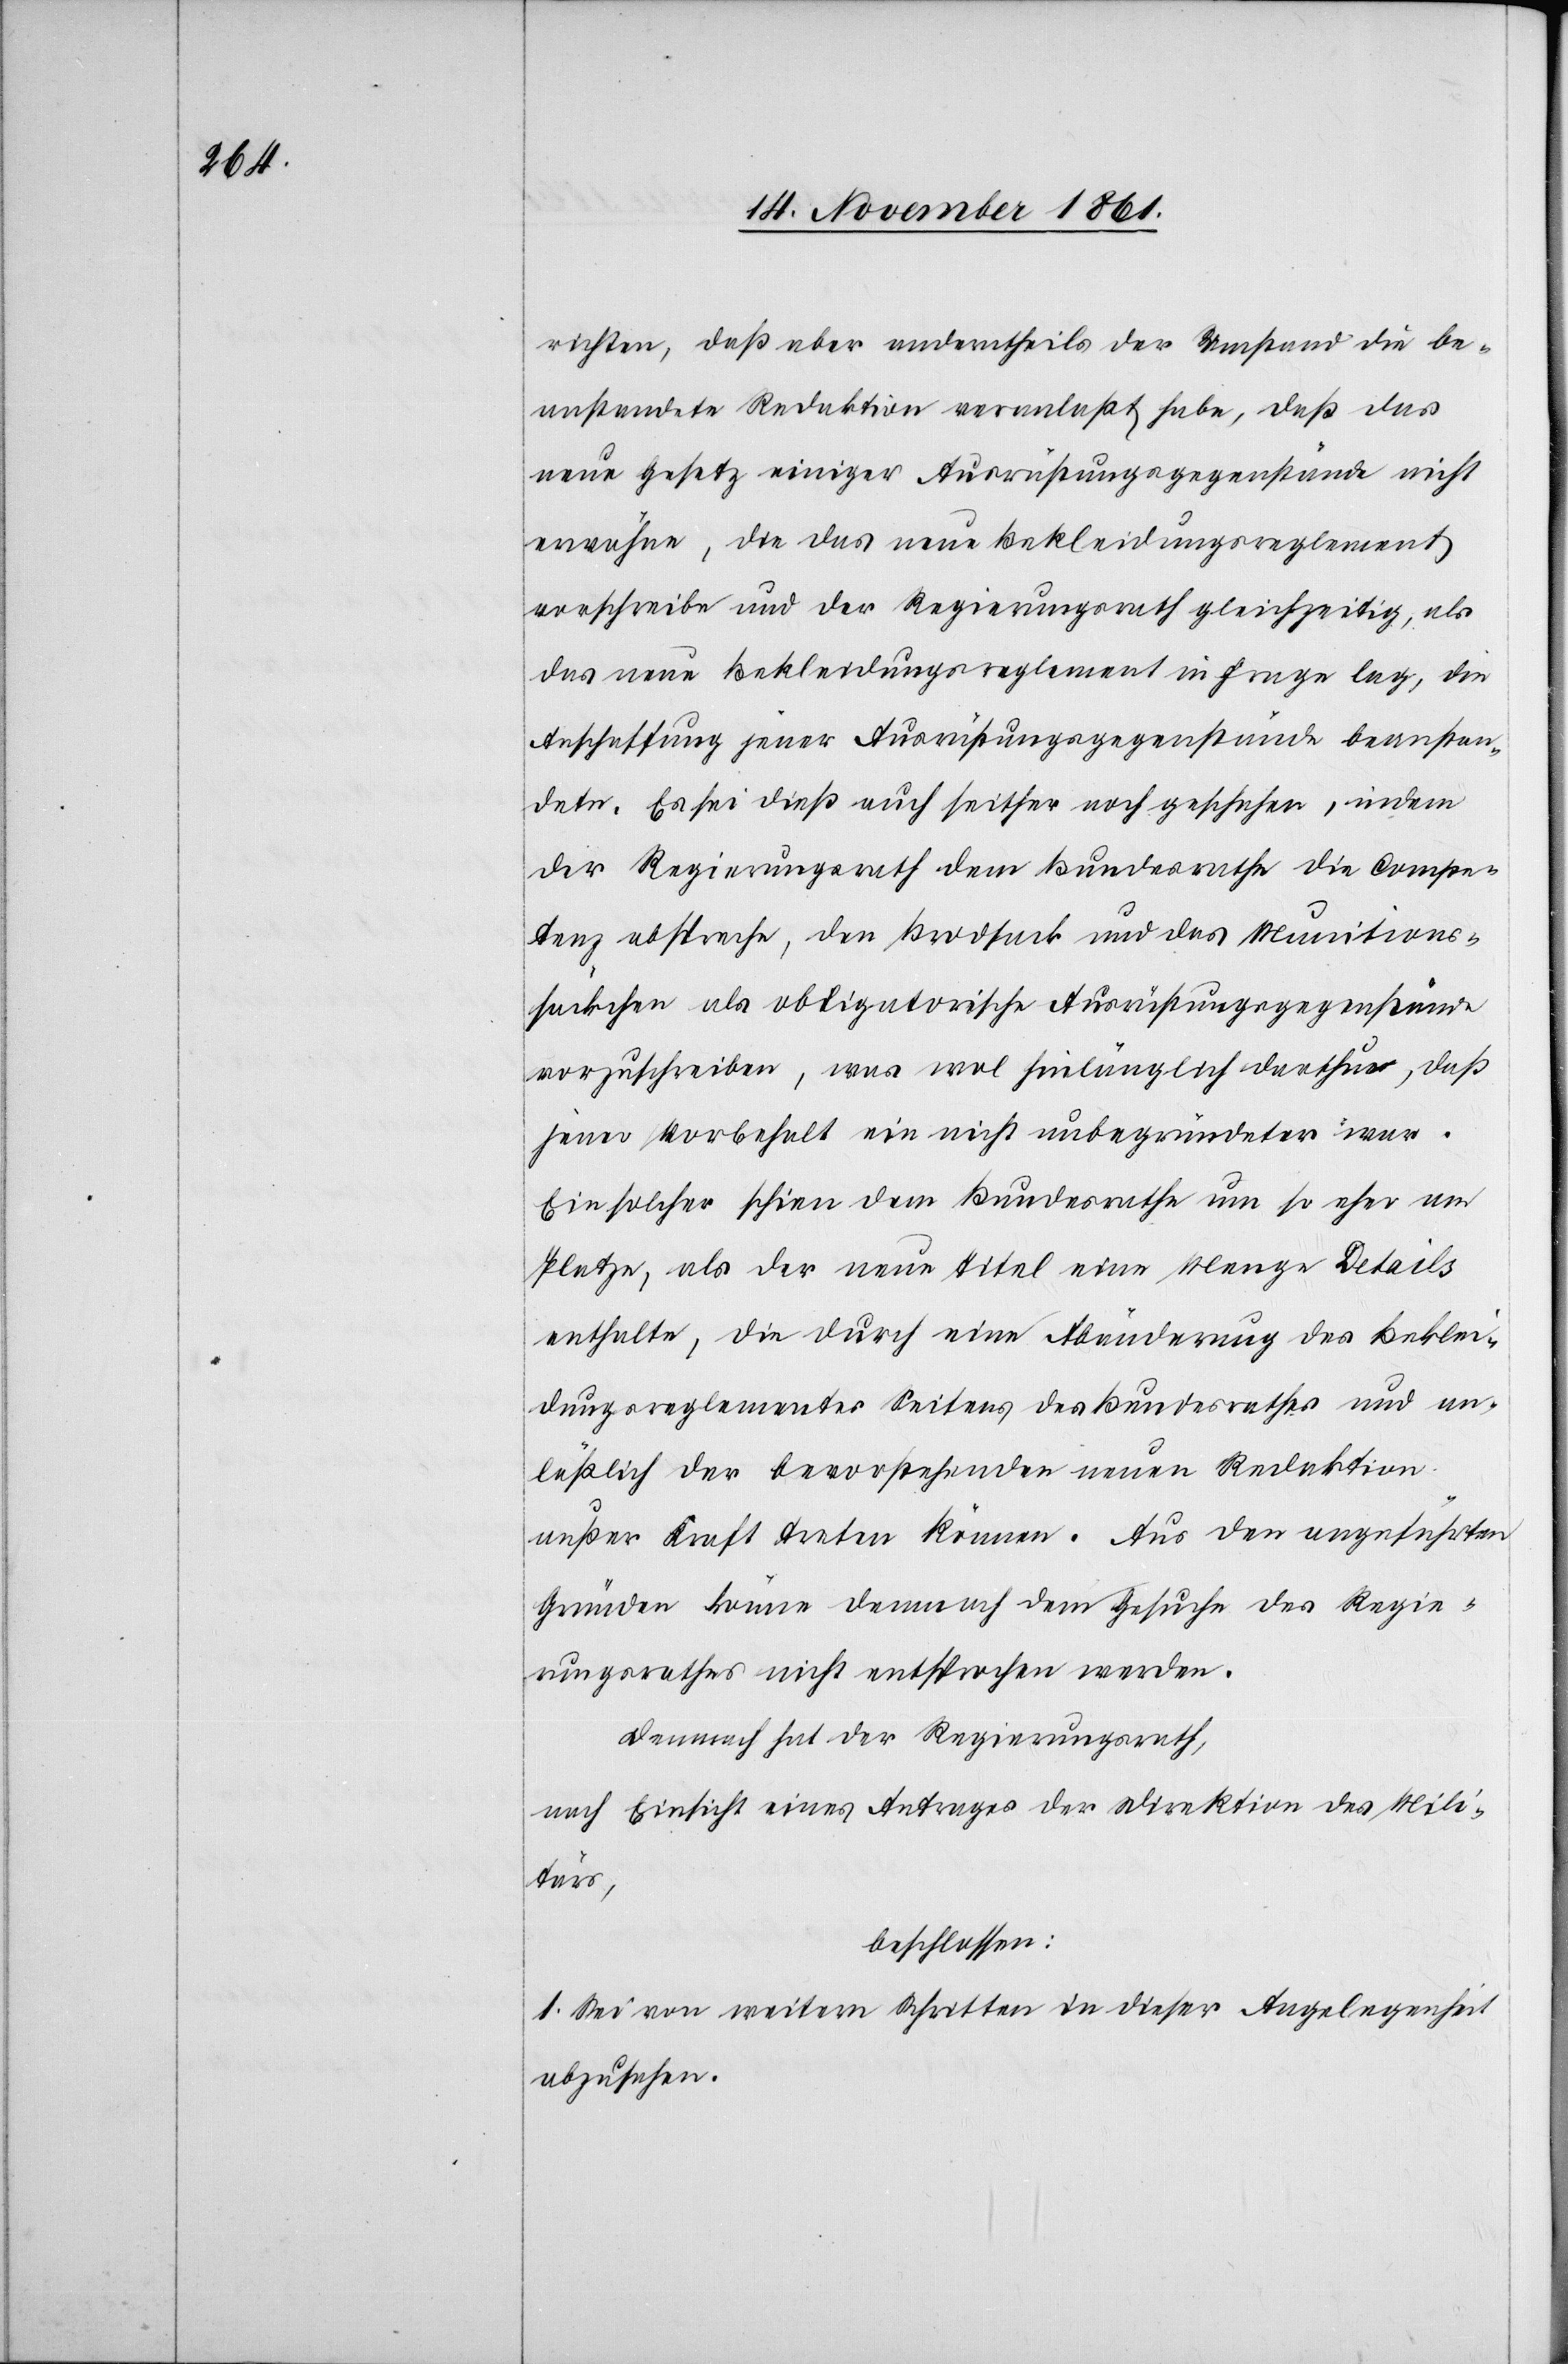
richten, daß aber anderntheils der Umstand die be¬
anstandete Redaktion veranlaßt habe, daß das
neue Gesetz einiger Ausrüstungsgegenstände nicht
erwähne, die das neue Bekleidungsreglement
vorschreibe und der Regierungsrath gleichzeitig, als
das neue Bekleidungsreglement in Frage lag, die
Anschaffung jener Ausrüstungsgegenstände beanstan¬
dete. Es sei dieß auch seither noch geschehen, indem
der Regierungsrath dem Bundesrathe die Compe¬
tenz abspreche, den Brodsack und das Munitions¬
säckchen als obligatorische Ausrüstungsgegenstände
vorzuschreiben, was wol hinlänglich darthue, daß
jener Vorbehalt ein nicht unbegründeter war.
Ein solcher schien dem Bundesrathe um so eher am
Platze, als der neue Titel eine Menge Details
enthalte, die durch eine Abänderung des Beklei¬
dungsreglementes Seitens des Bundesrathes und an¬
läßlich der bevorstehenden neuen Redaktion
außer Kraft treten können. Aus den angeführten
Gründen könne demnach dem Gesuche des Regie¬
rungsrathes nicht entsprochen werden.
Dennoch hat der Regierungsrath,
nach Einsicht eines Antrages der Direktion des Mili¬
tärs,
beschlossen:
1. Sei von weitern Schritten in dieser Angelegenheit
abzusehen.